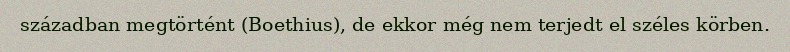
században megtörtént (Boethius), de ekkor még nem terjedt el széles körben.